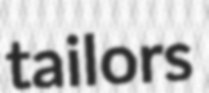
tailors